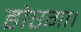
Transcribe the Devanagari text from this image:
होएगा।